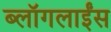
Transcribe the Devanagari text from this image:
ब्लॉगलाईंस